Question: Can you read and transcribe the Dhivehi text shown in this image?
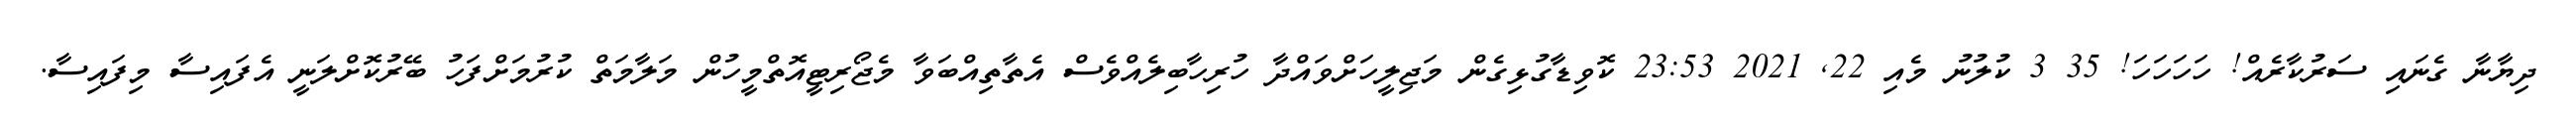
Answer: ދިޔާނާ ގެނައި ސަރުކާރެއް! ހަހަހަހަ! 35 3 ކުލުނު މެއި 22, 2021 23:53 ކޮވިޑާގުޅިގެން މަޖިލީހަށްވައްދާ ހުރިހާބިލެއްވެސް އެތާތިއްބަވާ މެޖޯރިޓީއޮތްމީހުން މަލާމަތް ކުރުމަށްފަހު ބޭރުކޮށްލަނީ އެފައިސާ މިފައިސާ.